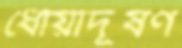
ধোঁয়াদূষণ